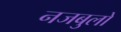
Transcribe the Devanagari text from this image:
नजबुलो